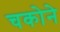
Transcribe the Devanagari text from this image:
चकोने